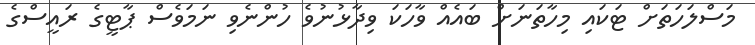
މަސްލަހަތަށް ޓަކައި މިހާތަނަށް ބައެއް ވާހަކަ ވިދާޅުނުވެ ހުންނެވި ނަމަވެސް ޕާޓީގެ ރައީސްގެ